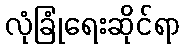
လုံခြုံရေးဆိုင်ရာ